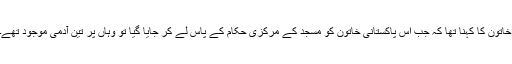
خاتون کا کہنا تھا کہ جب اس پاکستانی خاتون کو مسجد کے مرکزی حکام کے پاس لے کر جایا گیا تو وہاں پر تین آدمی موجود تھے۔